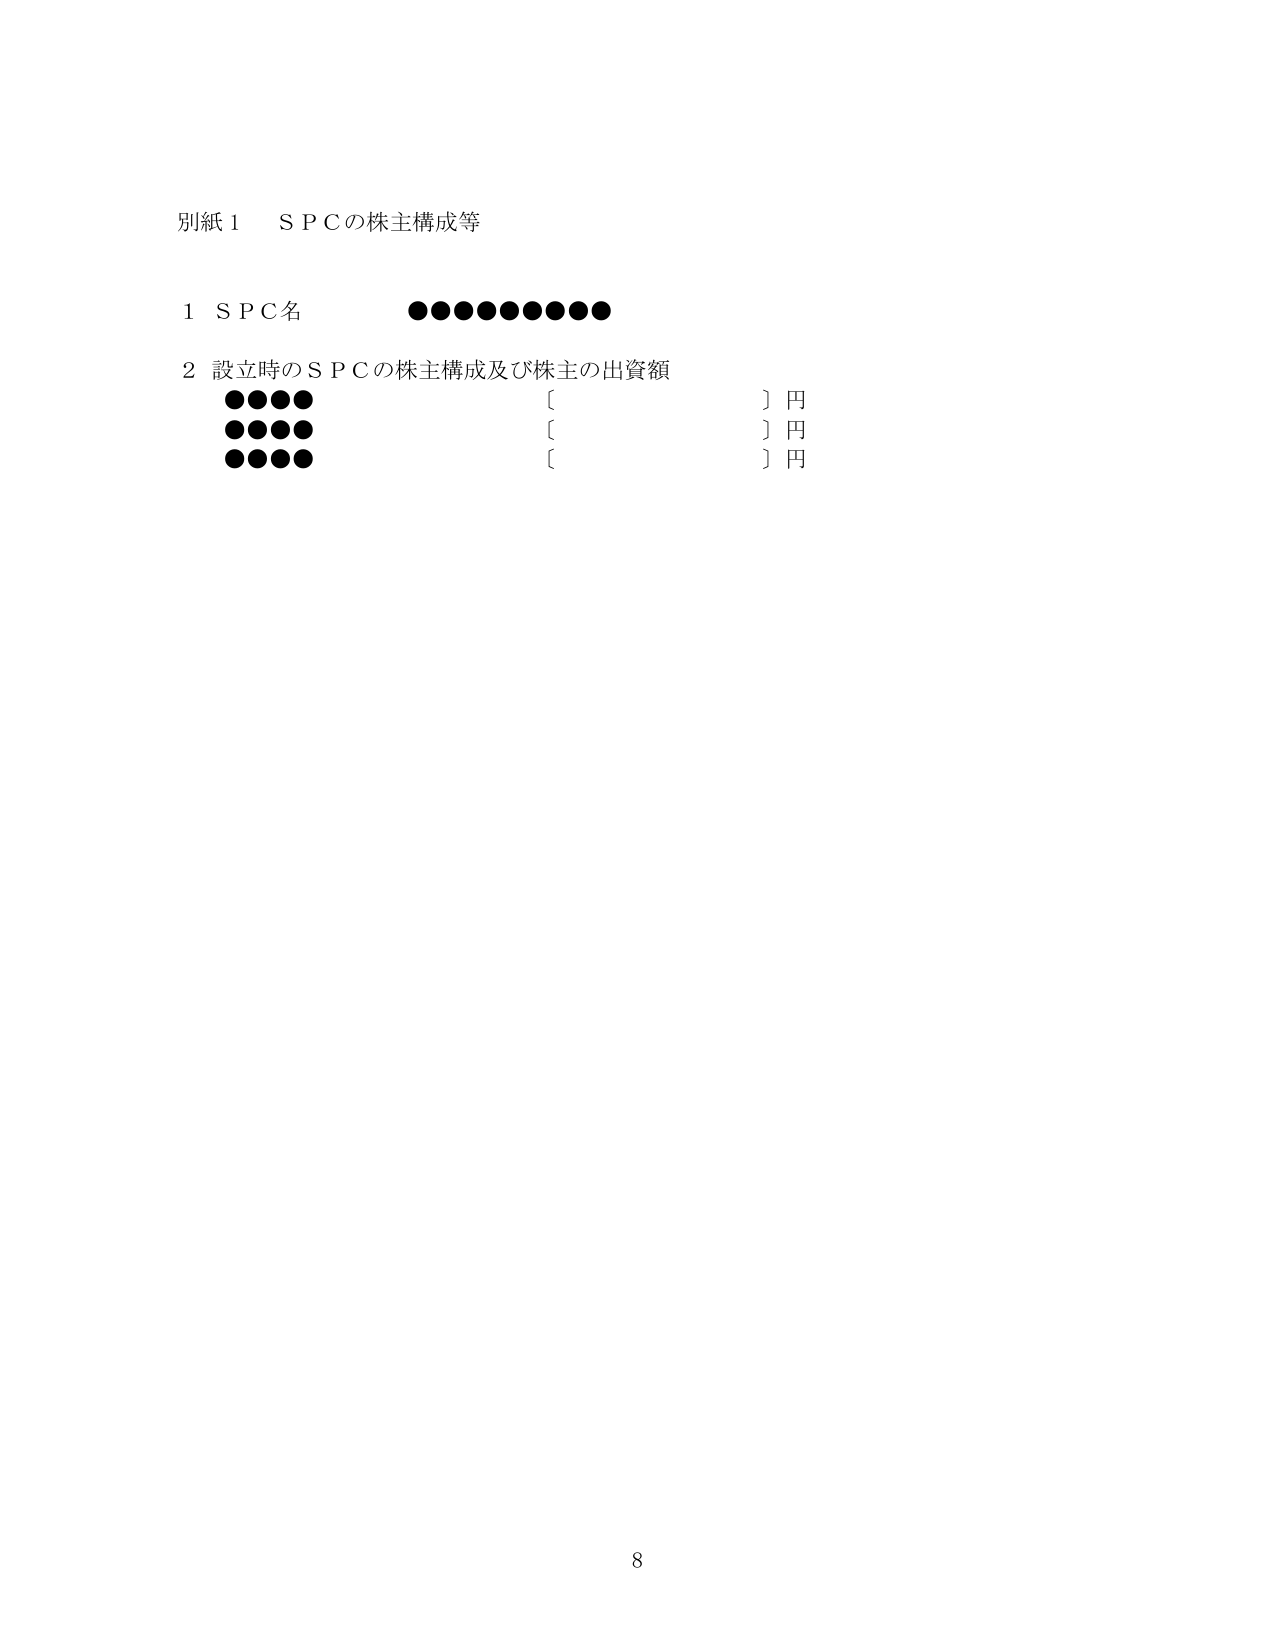
別紙１　ＳＰＣの株主構成等

１　ＳＰＣ名　　　　　●●●●●●●●●●

２　設立時のＳＰＣの株主構成及び株主の出資額
　　　●●●●　　　　　　〔　　　　　　〕円
　　　●●●●　　　　　　〔　　　　　　〕円
　　　●●●●　　　　　　〔　　　　　　〕円

8